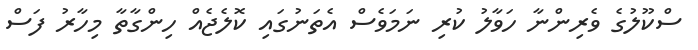
ސްކޫލުގެ ވެރިންނާ ހަވާލު ކުރި ނަމަވެސް އެތަނުގައި ކޮލެޖެއް ހިންގާތާ މިހާރު ފަސް